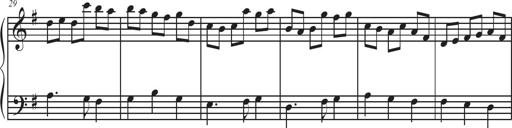
Title: Sonatina Espania
Composer: Jerald Franklin Archer
Key: Various